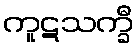
ကူဋသက္ခီ